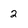
Character: 2